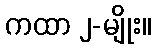
ကထာ ၂-မျိုး။